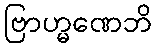
ဗြာဟ္မဏေဘိ